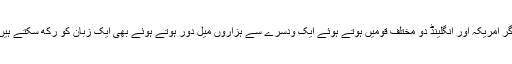
اگر امریکہ اور انگلینڈ دو مختلف قومیں ہوتے ہوئے ایک ودسرے سے ہزاروں میل دور ہوتے ہوئے بھی ایک زبان کو رکھ سکتے ہیں۔